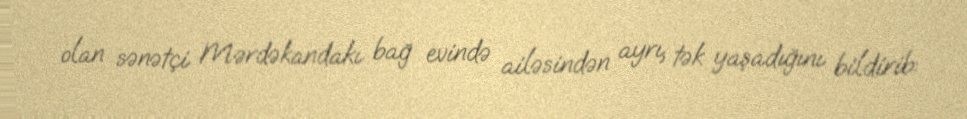
olan sənətçi Mərdəkandakı bağ evində ailəsindən ayrı, tək yaşadığını bildirib: